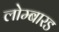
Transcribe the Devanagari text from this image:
लोम्बारड